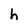
Character: h